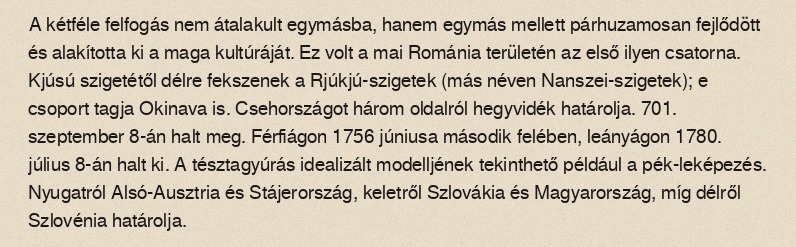
A kétféle felfogás nem átalakult egymásba, hanem egymás mellett párhuzamosan fejlődött és alakította ki a maga kultúráját. Ez volt a mai Románia területén az első ilyen csatorna. Kjúsú szigetétől délre fekszenek a Rjúkjú-szigetek (más néven Nanszei-szigetek); e csoport tagja Okinava is. Csehországot három oldalról hegyvidék határolja. 701. szeptember 8-án halt meg. Férfiágon 1756 júniusa második felében, leányágon 1780. július 8-án halt ki. A tésztagyúrás idealizált modelljének tekinthető például a pék-leképezés. Nyugatról Alsó-Ausztria és Stájerország, keletről Szlovákia és Magyarország, míg délről Szlovénia határolja.